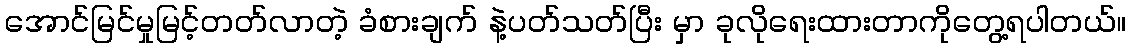
အောင်မြင်မှုမြင့်တတ်လာတဲ့ ခံစားချက် နဲ့ပတ်သတ်ပြီး မှာ ခုလိုရေးထားတာကိုတွေ့ရပါတယ်။